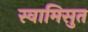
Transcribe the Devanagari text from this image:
स्वामिसुत